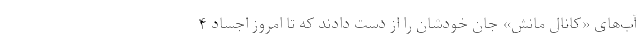
آب‌های «کانال مانش» جان خودشان را از دست دادند که تا امروز اجساد ۴